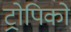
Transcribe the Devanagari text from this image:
ट्रोपिको